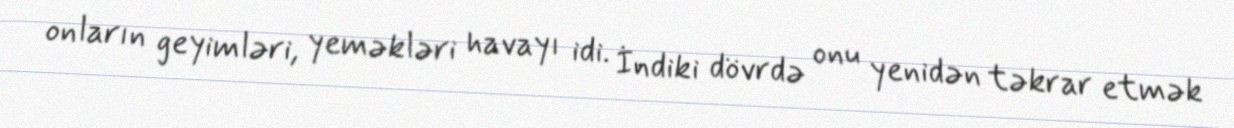
onların geyimləri, yeməkləri havayı idi. İndiki dövrdə onu yenidən təkrar etmək